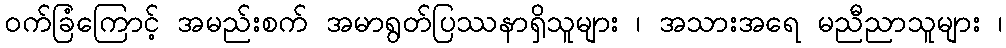
ဝက်ခြံကြောင့် အမည်းစက် အမာရွတ်ပြဿနာရှိသူများ ၊ အသားအရေ မညီညာသူများ ၊